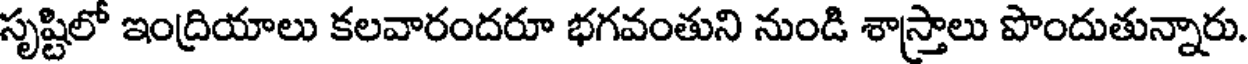
సృష్టిలో ఇంద్రియాలు కలవారందరూ భగవంతుని నుండి శాస్త్రాలు పొందుతున్నారు.